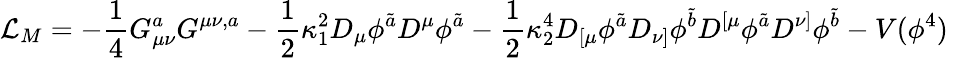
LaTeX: {\cal L}_{M}=-\frac{1}{4}G_{\mu\nu}^{a}G^{\mu\nu,a}-{\frac{1}{2}}\kappa_{1}^{2}D_{\mu}\phi^{\tilde{a}}D^{\mu}\phi^{\tilde{a}}-{\frac{1}{2}}\kappa_{2}^{4}D_{[\mu}\phi^{\tilde{a}}D_{\nu]}\phi^{\tilde{b}}D^{[\mu}\phi^{\tilde{a}}D^{\nu]}\phi^{\tilde{b}}-V(\phi^{4})\,